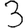
Digit: 3